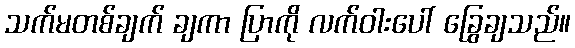
သက်မတစ်ချက် ချကာ ပြာကို လက်ဝါးပေါ် ခြွေချသည်။